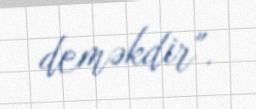
deməkdir".